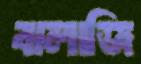
বালাজি